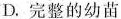
D.完整的幼苗